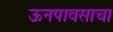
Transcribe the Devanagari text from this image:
ऊनपावसाचा